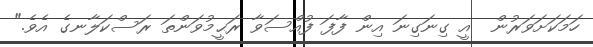
ހަމަކަށަވަރުން  އީ ގިނަގިނަ އިން ފާފަ ފުއްސަވާ ރަޙީމުވަންތަ ރަސްކަލާނގެ އެވެ."